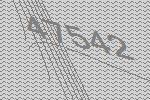
47542